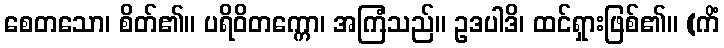
စေတသော၊ စိတ်၏။ ပရိဝိတက္ကော၊ အကြံသည်။ ဥဒပါဒိ၊ ထင်ရှားဖြစ်၏။ (ကိံ